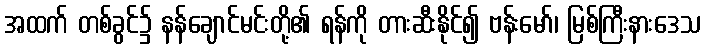
အထက် တစ်ခွင်၌ နန်ချောင်မင်းတို့၏ ရန်ကို တားဆီးနိုင်၍ ဗန်းမော်၊ မြစ်ကြီးနားဒေသ